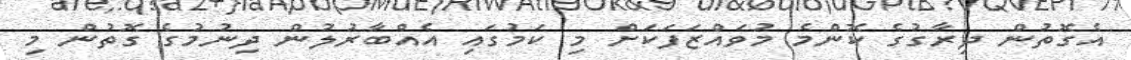
އެގޮތުން ދިރާގުގެ ކޮންމެ މުވައްޒަފަކަށް މި ކަމުގައި އެއްބާރުލުން ދިނުމުގެ ގޮތުން މި